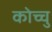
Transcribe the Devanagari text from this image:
कोच्चु